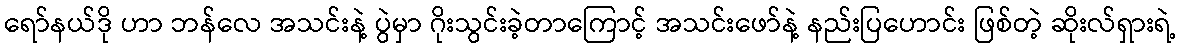
ရော်နယ်ဒို ဟာ ဘန်လေ အသင်းနဲ့ ပွဲမှာ ဂိုးသွင်းခဲ့တာကြောင့် အသင်းဖော်နဲ့ နည်းပြဟောင်း ဖြစ်တဲ့ ဆိုးလ်ရှားရဲ့